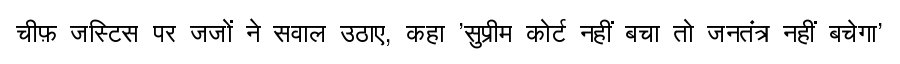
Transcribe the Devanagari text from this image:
चीफ़ जस्टिस पर जजों ने सवाल उठाए, कहा 'सुप्रीम कोर्ट नहीं बचा तो जनतंत्र नहीं बचेगा'